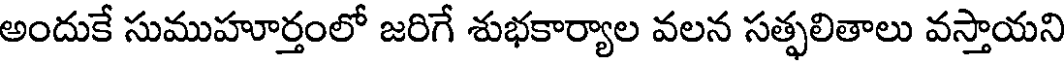
అందుకే సుముహూర్తంలో జరిగే శుభకార్యాల వలన సత్ఫలితాలు వస్తాయని